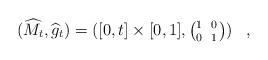
LaTeX: \begin{align*}(\widehat{M}_t,\widehat{g}_t) = ([0,t]\times[0,1], \left( \parbox{16pt}{ \scriptsize1 \makebox[1pt]{} 0 \\0 \makebox[1pt]{} 1 } \right) ) \;\;\;, \end{align*}